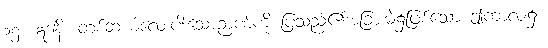
၁၅။ ဣဒါနိ၊ တစ်ဆယ့်လေးပါးသောဉာဏ်ကို ပြသည်၏အခြားမဲ့၌ဖြစ်သော ဤကာလ၌။